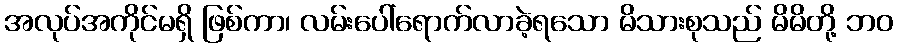
အလုပ်အကိုင်မရှိ ဖြစ်ကာ၊ လမ်းပေါ်ရောက်လာခဲ့ရသော မိသားစုသည် မိမိတို့ ဘဝ